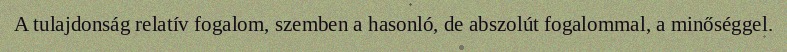
A tulajdonság relatív fogalom, szemben a hasonló, de abszolút fogalommal, a minőséggel.